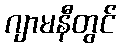
ဂျာမနီတွင်